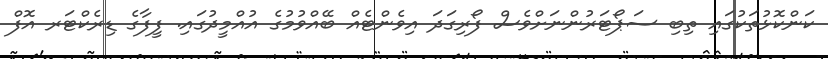
ކަންކޮޅުތަކުގައި ތިބި ސަޕޯޓަރުންނަށްވެސް ފޯރިގަދަ އިވެންޓެއް ބޭއްވުމުގެ އުއްމީދުގައި. ފީފާގެ ޑިރެކްޓަރ އޮފް